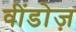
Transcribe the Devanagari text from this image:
वींडोज़